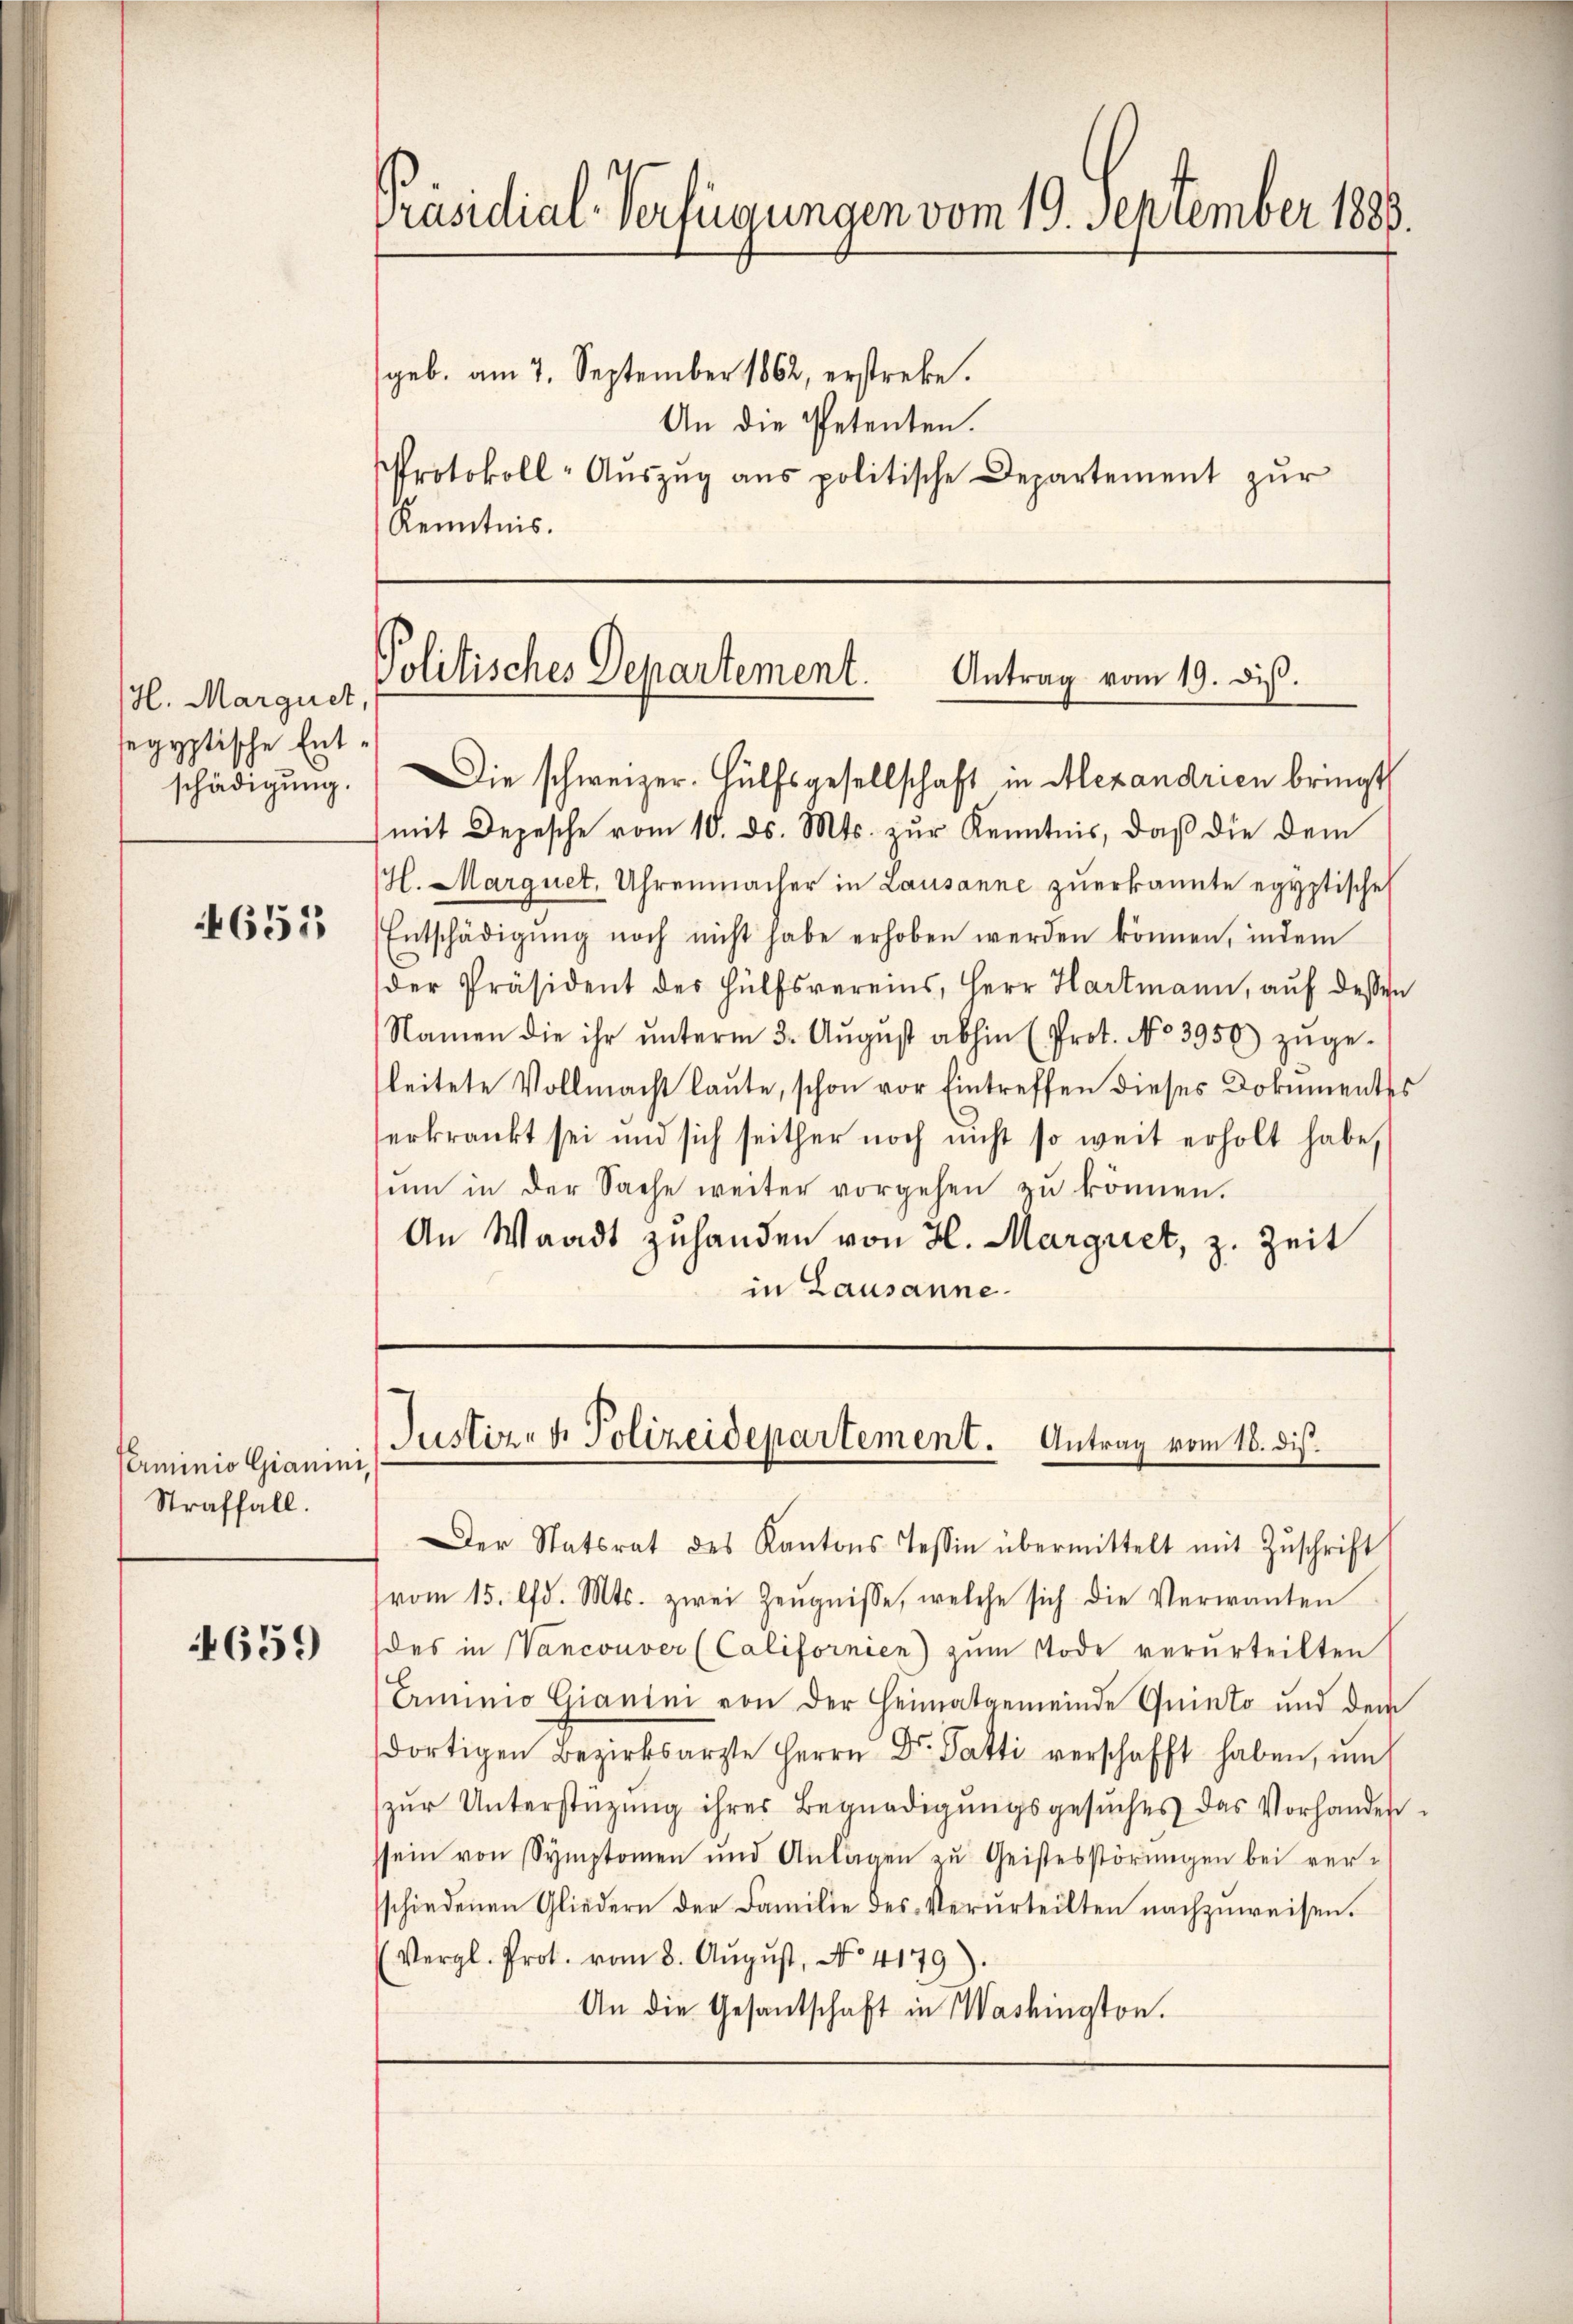
H. Marguet,
segyptische Ent¬

4655

Perminio Gianini,
Straffall.

4659

Präsidial-Verfügungen vom 19. September 1883.
(geb. am 7. September 1862, erstreke.
An die Petenten.
Protokoll-Aŭszŭg ans politische Departement zŭr
Kenntnis.

Politisches Departement.
Antrag vom 19. dis.
schädigŭng. Die schweizer. Hülfsgesellschaft in Alexandrien bringt

mit Depesche vom 10. ds. Mts. zŭr Kenntnis, daß die dem
(l. Marquet, Uhrenmacher in Lausanne zuerkannte egyptische
Entschädigŭng noch nicht habe erhoben werden können, indem
der Präsident des Hülfsvereins, Herr Hartmann, aŭf dessen
Namen die ihr ŭnterm 3. Aŭgŭst abhin (Prot. No 3950) zŭge-
leitete Vollmacht laute, schon vor Eintreffen dieses Dokumentes
erkrankt sei und sich seither noch nicht so weit erholt habe,
ŭm in der Sache weiter vorgehen zŭ können.
An Waadt zuhanden von H. Marquet, z. Zeit
in Lausanne.

Justiz- & Polizeidepartement. Antrag vom 18. dis.

Der Statsrat des Kantons Tessin übermittelt mit Zŭschrift
vom 15. lfd. Mts. zwei Zeŭgnisse, welche sich die Verwanten
des in Vancouver (Californien) zum Tode verurteilten
Erminio Gianini von der Heimatgemeinde Quinto und dem
dortigen Bezirksarzte Herrn Dr. Patti verschafft haben, im
zŭr Unterstützŭng ihrer Begnadigŭngsgesŭches das Vorhander-
ssein von Symptomen und Anlagen zu Geistesstörungen bei versschiedenen Gliedern der Familie des Verurteilten nachzuweisen.
(Vergl. Prot. vom 8. Aŭgŭst No. 4179).
An die Gesandschaft in Washington.